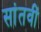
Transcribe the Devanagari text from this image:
सांतवीं